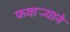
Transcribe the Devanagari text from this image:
फवार्‍याने